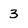
Character: 3